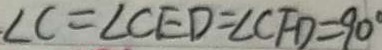
\angle C = \angle C E D = \angle C F D = 9 0 ^ { \circ }